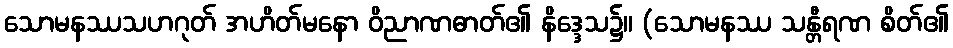
သောမနဿသဟဂုတ် အဟိတ်မနော ဝိညာဏဓာတ်၏ နိဒ္ဒေသ၌။ (သောမနဿ သန္တီရဏ စိတ်၏